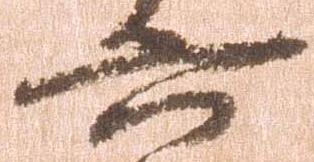
六